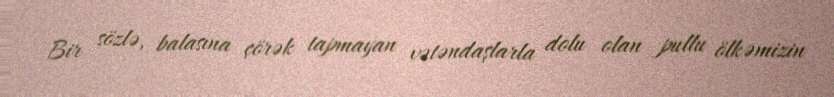
Bir sözlə, balasına çörək tapmayan vətəndaşlarla dolu olan pullu ölkəmizin